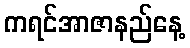
ကရင်အာဇာနည်နေ့